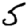
Digit: 5